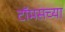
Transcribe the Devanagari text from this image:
टॉमसच्या